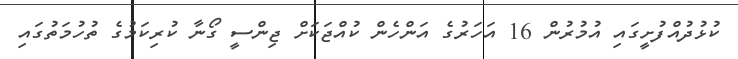
ކުޅުދުއްފުށީގައި އުމުރުން 16 އަހަރުގެ އަންހެން ކުއްޖަކަށް ޖިންސީ ގޯނާ ކުރިކަމުގެ ތުހުމަތުގައި